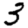
Digit: 3